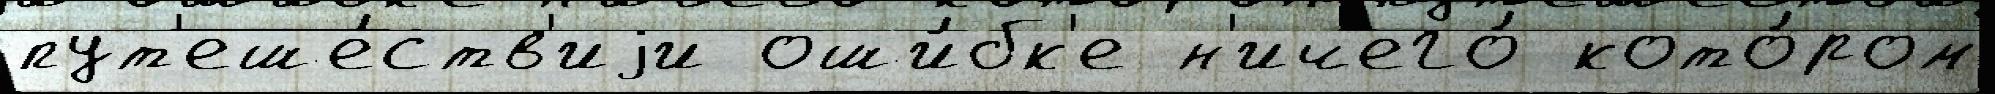
пут'еше́ств'иjи оши́бк'е н'ичего́ кото́ром